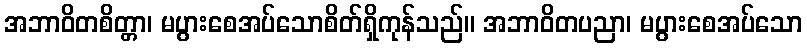
အဘာဝိတစိတ္တာ၊ မပွားစေအပ်သောစိတ်ရှိကုန်သည်။ အဘာဝိတပညာ၊ မပွားစေအပ်သော